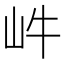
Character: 𡵜